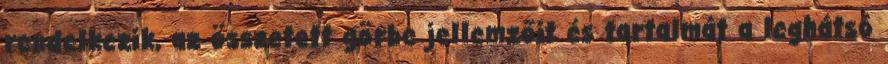
rendelkezik, az összetett görbe jellemzőit és tartalmát a leghátsó